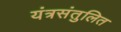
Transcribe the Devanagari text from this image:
यंत्रसंतुलित